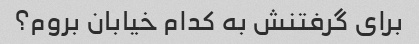
برای گرفتنش به کدام خیابان بروم؟